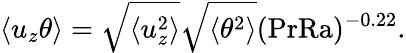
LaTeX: \left\langle u_{z}\theta\right\rangle=\sqrt{\left\langle u_{z}^{2}\right\rangle}\sqrt{\left\langle\theta^{2}\right\rangle}(\mathrm{PrRa})^{-0.22}.